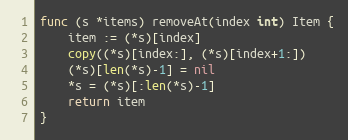
Language: Go
func (s *items) removeAt(index int) Item {
	item := (*s)[index]
	copy((*s)[index:], (*s)[index+1:])
	(*s)[len(*s)-1] = nil
	*s = (*s)[:len(*s)-1]
	return item
}